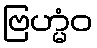
ဗြဟ္မံဝ